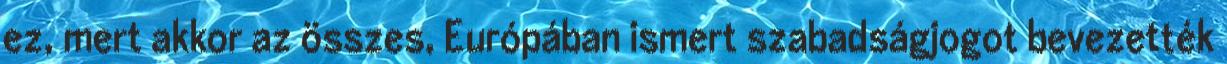
ez, mert akkor az összes, Európában ismert szabadságjogot bevezették